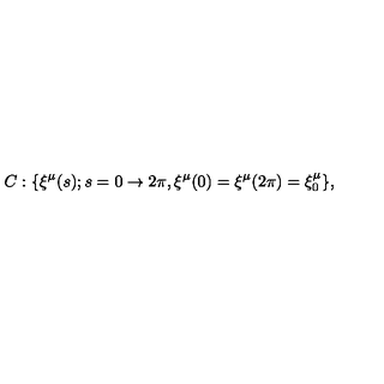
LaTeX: C : \{ \xi ^ { \mu } ( s ) ; s = 0 \rightarrow 2 \pi , \xi ^ { \mu } ( 0 ) = \xi ^ { \mu } ( 2 \pi ) = \xi _ { 0 } ^ { \mu } \} ,